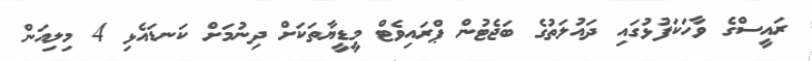
ރައީސްގެ ވާހަކަފުޅުގައި ދައުލަތުގެ ބަޖެޓުން ޕްރައިވެޓް މީޑީޔާތަކަށް ދިނުމަށް ކަނޑައެޅި 4 މިލިއަން